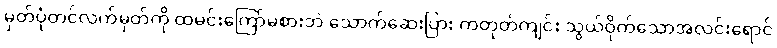
မှတ်ပုံတင်လက်မှတ်ကို ထမင်းကြော်မစားဘဲ သောက်ဆေးပြား ကတုတ်ကျင်း သွယ်ဝိုက်သောအလင်းရောင်